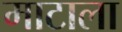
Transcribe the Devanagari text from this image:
माटाला